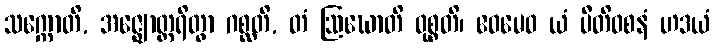
သက္ကောတိ, အဇ္ဈောတ္ထရိတွာ ဂစ္ဆတိ, တံ ဩဃောတိ ဝုစ္စတိ၊ ဧဝမေဝ ယံ ပီတိဝစနံ ဟဒယံ